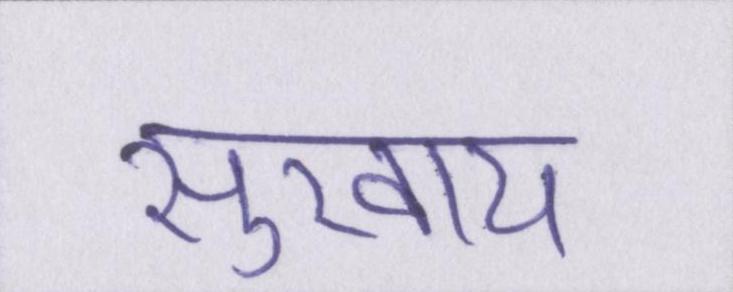
सुखाय